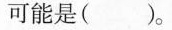
可能是()。